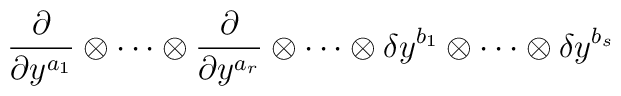
\frac \partial {\partial y^{a_1}}\otimes \cdots \otimes \frac\partial {\partial y^{a_r}}\otimes \cdots \otimes \delta y^{b_1}\otimes\cdots \otimes \delta y^{b_s}